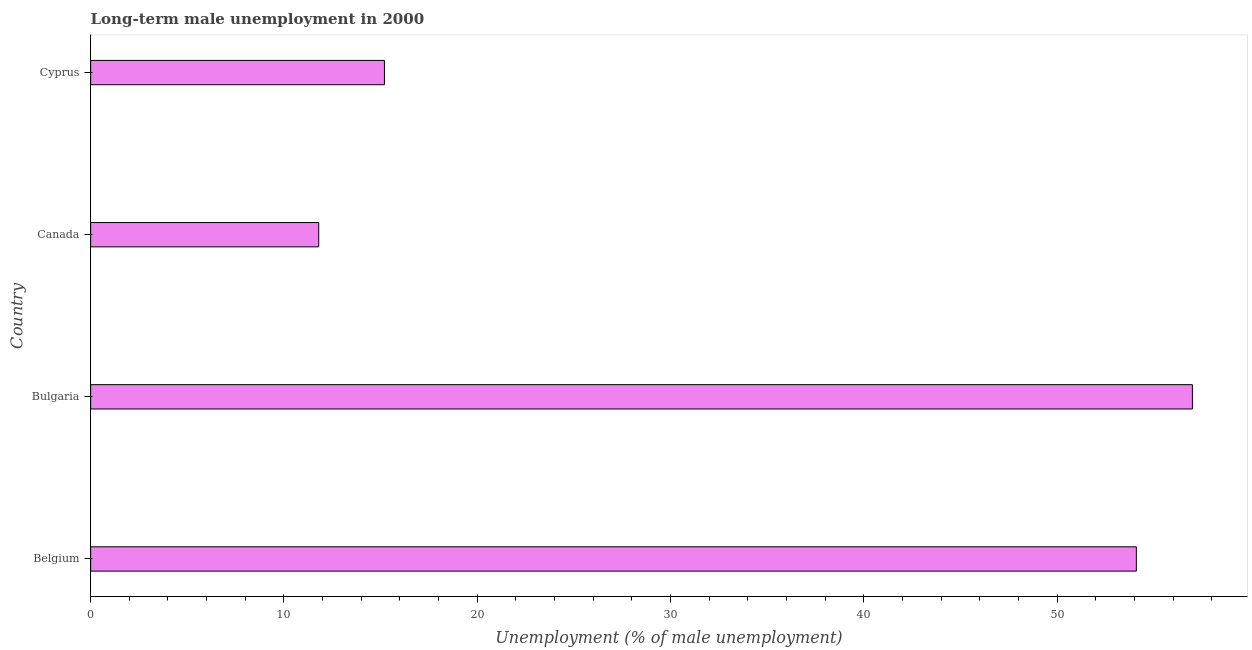
| Country | Long-term unemployment male |
 | --- | --- |
 | Belgium | 54.1 |
 | Bulgaria | 57 |
 | Canada | 11.8 |
 | Cyprus | 15.2 |